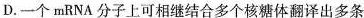
D.一个mRNA分子上可相继结合多个核糖体翻译出多条